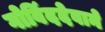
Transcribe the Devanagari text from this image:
गोविंददेवाने